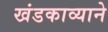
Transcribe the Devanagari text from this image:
खंडकाव्याने